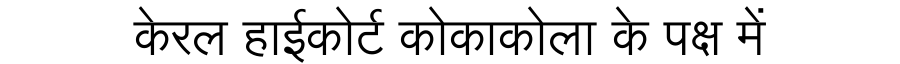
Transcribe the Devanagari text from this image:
केरल हाईकोर्ट कोकाकोला के पक्ष में